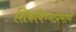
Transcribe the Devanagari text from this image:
शिकविण्याप्रमाणें